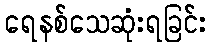
ရေနစ်သေဆုံးရခြင်း